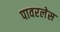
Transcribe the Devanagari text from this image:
पावरलेस